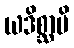
ယဒိစ္ဆာမိ